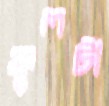
ফুলটা